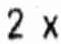
2 X